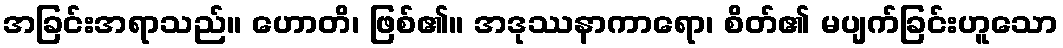
အခြင်းအရာသည်။ ဟောတိ၊ ဖြစ်၏။ အဒုဿနာကာရော၊ စိတ်၏ မပျက်ခြင်းဟူသော